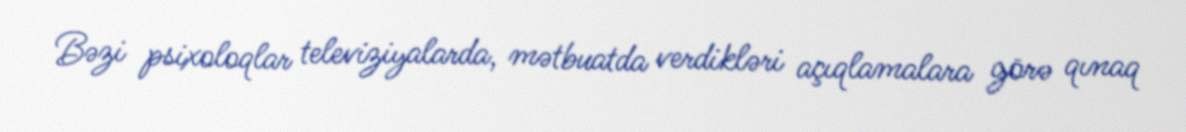
Bəzi psixoloqlar televiziyalarda, mətbuatda verdikləri açıqlamalara görə qınaq